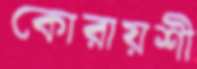
কোরায়শী